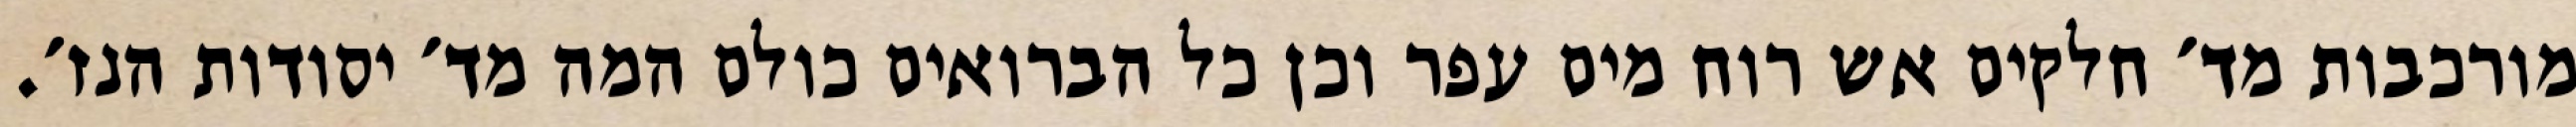
מורכבות מד׳ חלקים אש רוח מים עפר וכן כל הברואים כולם המה מד׳ יסודות הנז׳.